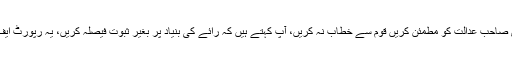
جس پر جسٹس عظمت سعید نے ریمارکس دیئے کہ بخاری صاحب عدالت کو مطمئن کریں قوم سے خطاب نہ کریں، آپ کہتے ہیں کہ رائے کی بنیاد پر بغیر ثبوت فیصلہ کریں، یہ رپورٹ ایف آئی اے خود مسترد کر چکی ہے اس پر فیصلہ کیسے دیں۔